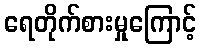
ရေတိုက်စားမှုကြောင့်